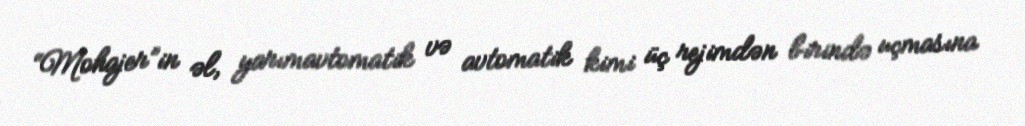
“Mohajer”in əl, yarımavtomatik və avtomatik kimi üç rejimdən birində uçmasına